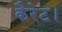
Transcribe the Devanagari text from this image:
कैरेट।